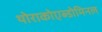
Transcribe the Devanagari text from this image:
थोराकोएब्डोमिनल